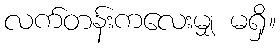
လက်တန်းကလေးမျှ မရှိ။